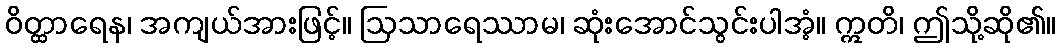
ဝိတ္ထာရေန၊ အကျယ်အားဖြင့်။ ဩသာရေဿာမ၊ ဆုံးအောင်သွင်းပါအံ့။ ဣတိ၊ ဤသို့ဆို၏။